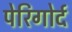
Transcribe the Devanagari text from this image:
पेरिगोर्द